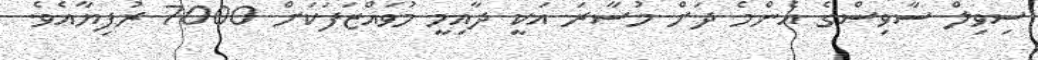
ސިވިލް ސާވިސްގެ އެންމެ ދަށް މުސާރަ އަކީ ދާއިމީ މުވައްޒަފަކަށް 7000 ރުފިޔާއެވެ.